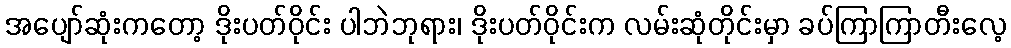
အပျော်ဆုံးကတော့ ဒိုးပတ်ဝိုင်း ပါဘဲဘုရား၊ ဒိုးပတ်ဝိုင်းက လမ်းဆုံတိုင်းမှာ ခပ်ကြာကြာတီးလေ့